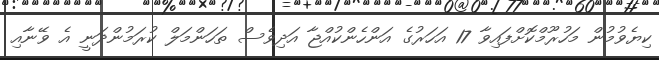
ކިޔެވުމުން މަހުރޫމްކޮށްފައިވާ 17 އަހަރުގެ އަންހެންކުއްޖާ އަދިވެސް ތަހަންމަލް ކުރަމުންދަނީ އެ ވޭނާއި